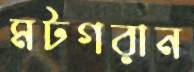
মটগরান